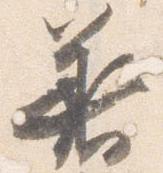
着